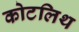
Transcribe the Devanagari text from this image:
कोटलिथ